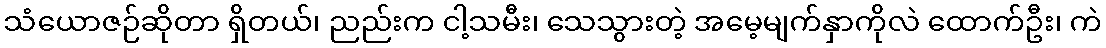
သံယောဇဉ်ဆိုတာ ရှိတယ်၊ ညည်းက ငါ့သမီး၊ သေသွားတဲ့ အမေ့မျက်နှာကိုလဲ ထောက်ဦး၊ ကဲ